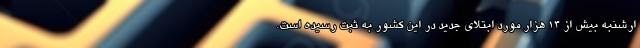
ارشنبه بیش از ۱۴ هزار مورد ابتلای جدید در این کشور به ثبت رسیده است.